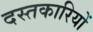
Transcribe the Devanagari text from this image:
दस्तकारियों